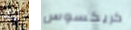
لك كريكسوس